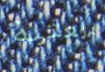
العتبة